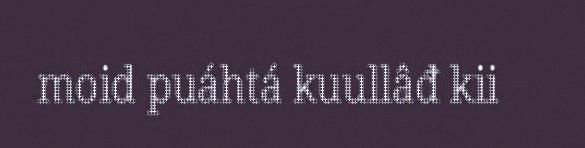
moid puáhtá kuullâđ kii